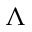
\Lambda